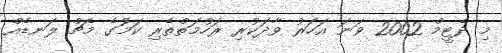
މި ދެޓީމް 2002 ވަނަ އަހަރު ވާދަކުރި ރަހުމަތްތެރި ކަމަުގެ މެޗް ލަނޑެއް